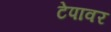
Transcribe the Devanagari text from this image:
टेपावर